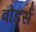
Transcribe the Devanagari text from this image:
वोर्ड्स